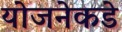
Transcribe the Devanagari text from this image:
योजनेकडे